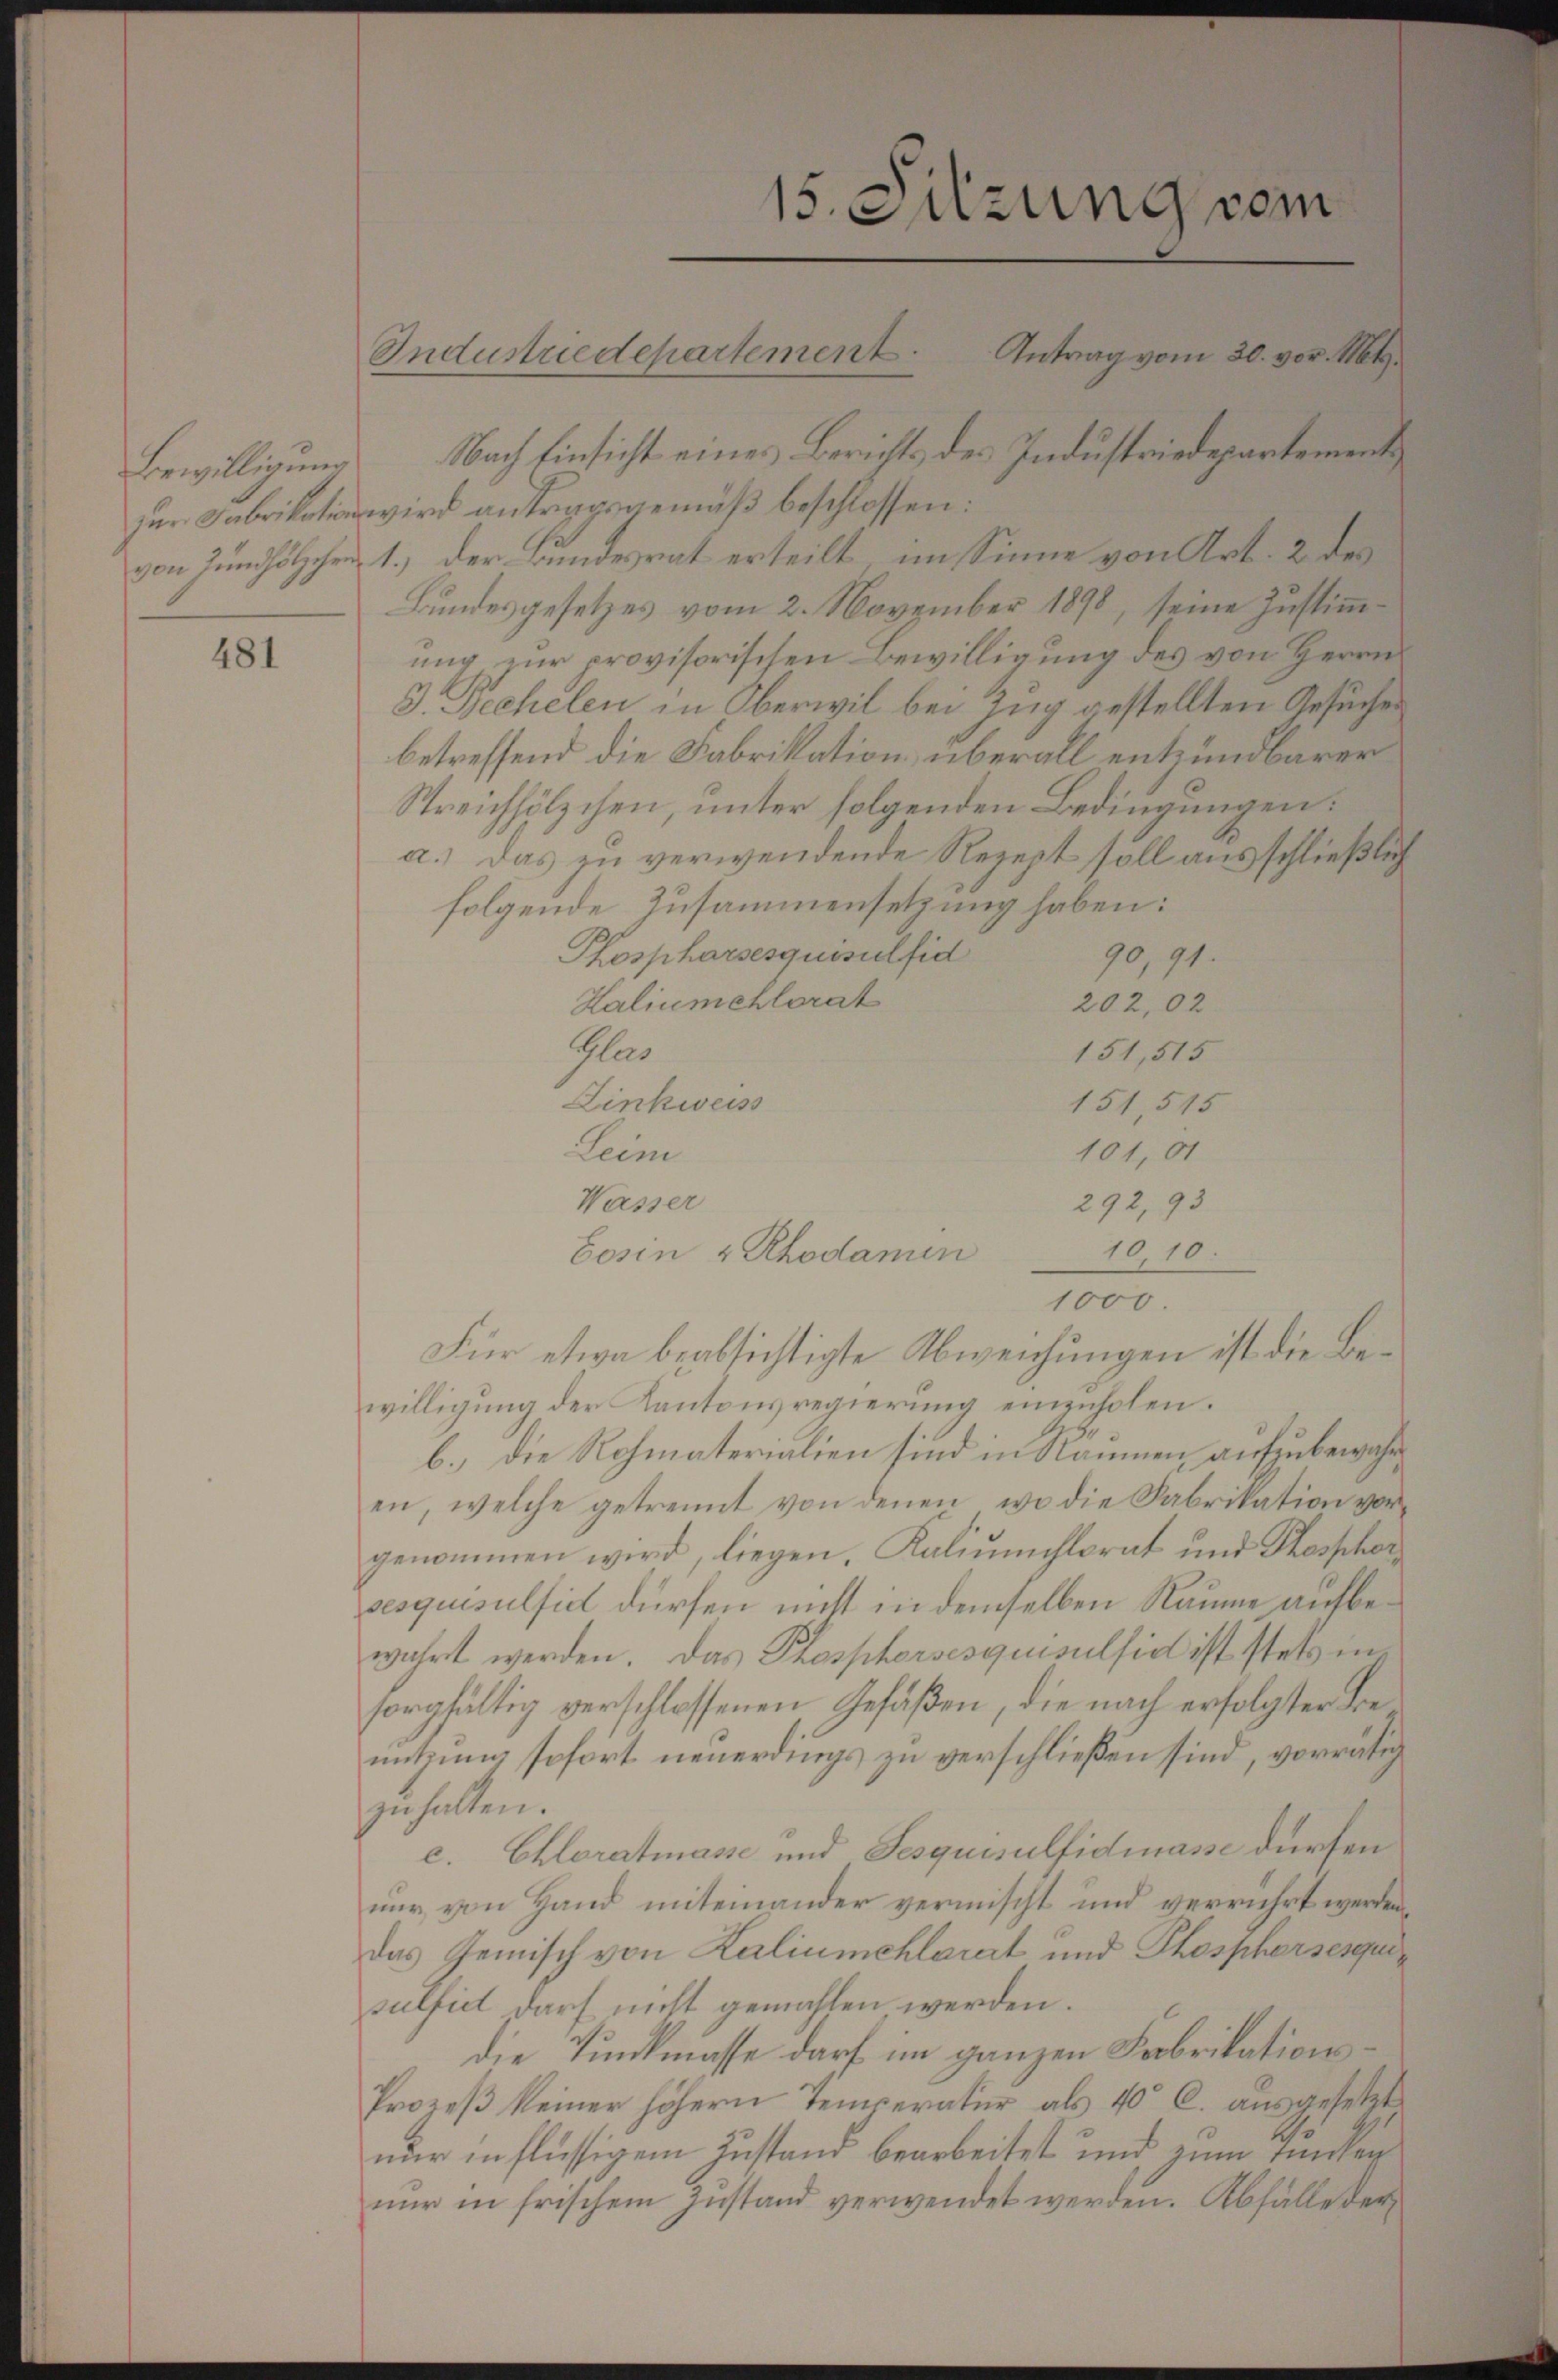
481

Bewilligung Nach Einsicht eines Berichts des Industriedepartement
. wird antragsgemäß beschlossen:
von Zunhölzchen 1.) Der Bundesrat erteilt, im Sinne von Art. 2 des
Bundesgesetzes vom 2. November 1898, seine Zustimmung zur provisorischen Bewilligung des von Herrn
3. Rechelen in Oberwil bei Zug gestellten Gesuches
betreffend die Fabrikation überall entzündbarer
Streichhölzchen, unter folgenden Bedingungen:
a.) Das zu verwendende Rezept soll ausschließlich
folgende Zusammensetzung haben:
Kospharsesquisulfid
90,91.
Haliumehlorat
202,02
Glas
151,515
Linkweiss
151,515
101,01
Leim
Wasser
1010.
Für etwa beabsichtigte Abweichungen ist die Bewilligung der Kantonsregierung einenholen.
b.) Die Rohmaterialien sind in Räumen aufzubewahren, welche getrennt von denen, wo die Fabrikation vorgenommen wird, liegen, Kaliumhlorat und Thosphorvesquisulsidl dürfen nicht in demselben Raume aufbewahrt werden. Das Phosphorsesquisulfiel ist stets insorgfältig verschlossenen Gefäßen, die nach erfolgter Benutzung sofort neuerdings zu verschließen sind, vorrätigzuhalten.
c. Chloratmasse und Fesquisulfidmasse dürfen
nur von Hand miteinander vermischt und verrührt werden,
das Gemisch von Kaliumchlarat und Phosphorsesunsulfict darf nicht gemahlen werden.
die Tunkmasse darf im ganzen Fabrikations¬
Prozeß keiner höhern Temperatur als 40 l. ausgesetzt
nur inflüssigem Zustand bearbeitet und zum Funken
nur in frischem Zustand verwendet werden. Abfälle der

15. Sitzung vom
Sndustriedepartement. Antrag vom 30. vor 164.

292, 93
bosen & Rhodamen
1000.